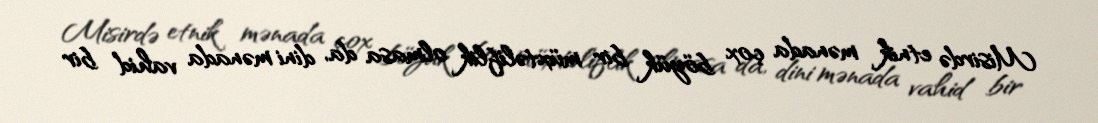
Misirdə etnik mənada çox böyük bir müxtəliflik olmasa da, dini mənada vahid bir